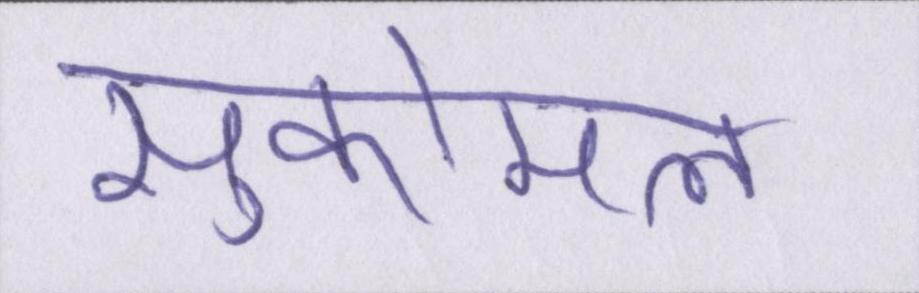
सुकोमल